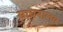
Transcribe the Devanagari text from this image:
साधनालय